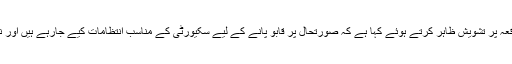
وہیں دوسری طرف وزیر داخلہ راج ناتھ سنگھ نے واقعہ پر تشویش ظاہر کرتے ہوئے کہا ہے کہ صورتحال پر قابو پانے کے لیے سکیورٹی کے مناسب انتظامات کیے جارہے ہیں اور نیم فوجی دستوں کو تیار رہنے کی ہدایت دی گئی ہے۔